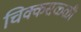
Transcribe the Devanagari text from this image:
चिक्कसळ्ळी